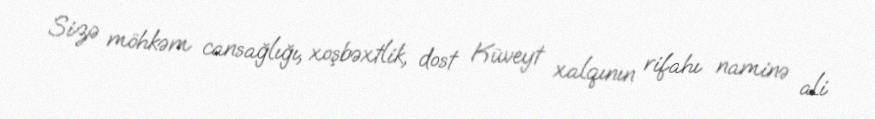
Sizə möhkəm cansağlığı, xoşbəxtlik, dost Küveyt xalqının rifahı naminə ali